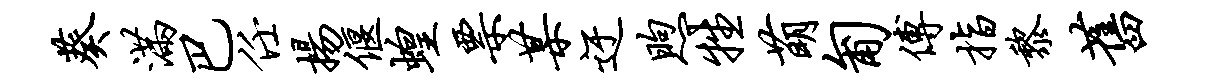
葵满巴任扬偃蝗票某迂煦牲萌匍傅指黎旧